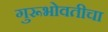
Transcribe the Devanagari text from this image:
गुरूभोवतीचा